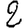
Digit: 2